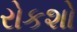
રોકશો